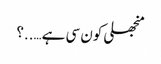
منجھلی کون سی ہے…..؟